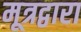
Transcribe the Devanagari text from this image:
मूत्रद्वारा